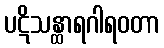
ပဋိသန္ထာရဂါရဝတာ